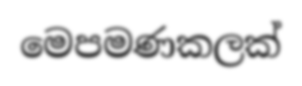
මෙපමණකලක්